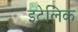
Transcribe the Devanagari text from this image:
इटेलिक